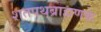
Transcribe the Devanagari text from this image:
शतपथब्राह्मणके